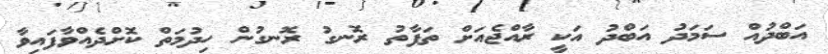
އަބްދުއް ސަމަދު އަބްދު އަކީ ރާއްޖެއަށް ތަފާތު ރޮނގު ރޮނގުން ހިދުމަތް ކޮށްދެއްވާފައިވާ